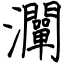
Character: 灛